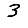
Digit: 3